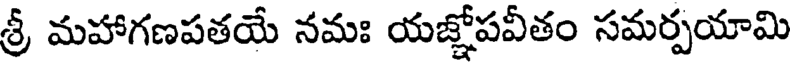
శ్రీ మహాగణపతయే నమః యజ్ఞోపవీతం సమర్పయామి